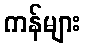
ကန်များ